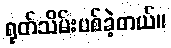
ရုတ်သိမ်းပစ်ခဲ့တယ်။